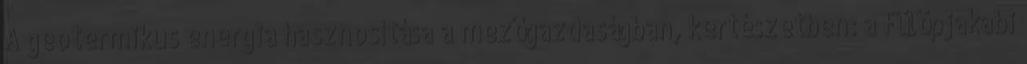
A geotermikus energia hasznosítása a mezőgazdaságban, kertészetben: a Fülöpjakabi